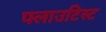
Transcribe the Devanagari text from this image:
फ्लाउटिस्ट